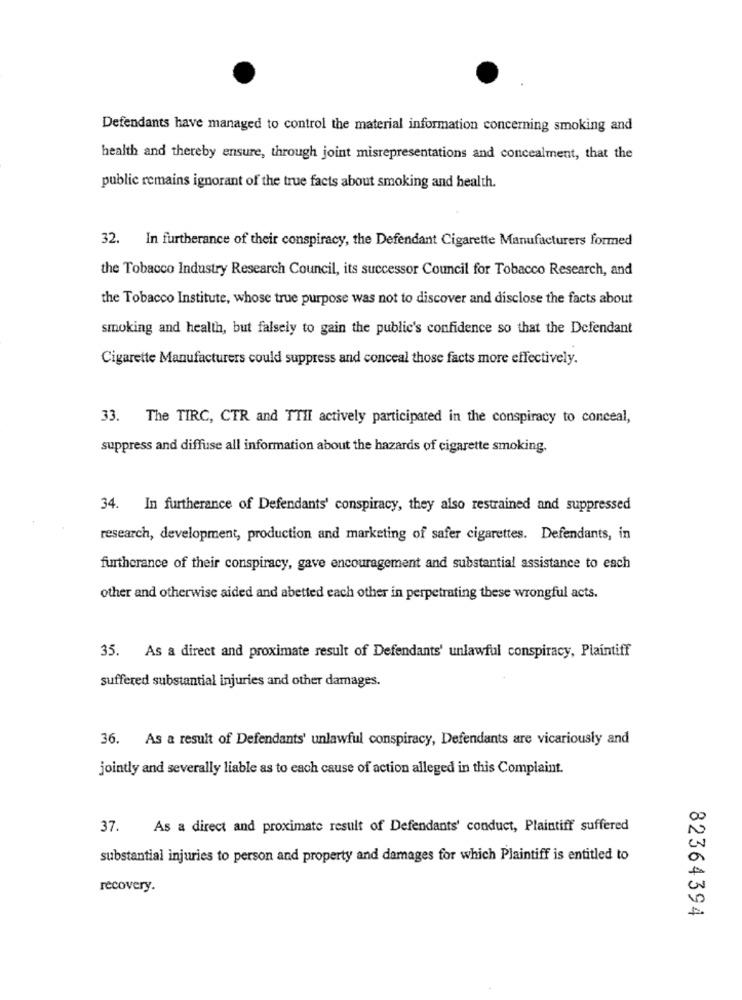
Defendants have managed to control the material information concerning smoking and
health and thereby ensure, through joint misrepresentations and concealment, that the
public remains ignorant of the true facts about smoking and health.
32. In furtherance of their conspiracy, the Defendant Cigarette Manufacturers formed
the Tobacco Industry Research Council, its successor Council for Tobacco Research, and
the Tobacco Institute, whose true purpose was not to discover and disclose the facts about
smoking and health, but falsely to gain the public's confidence so that the Defendant
Cigarette Manufacturers could suppress and conceal those facts more effectively.
33. The TIRC, CTR and TTII actively participated in the conspiracy to conceal,
suppress and diffuse all information about the hazards of cigarette smoking.
34. In furtherance of Defendants' conspiracy, they also restrained and suppressed
research, development, production and marketing of safer cigarettes. Defendants, in
furtherance of their conspiracy, gave encouragement and substantial assistance to each
other and otherwise aided and abetted each other in perpetrating these wrongful acts.
35. As a direct and proximate result of Defendants' unlawful conspiracy, Plaintiff
suffered substantial injuries and other damages.
36. As a result of Defendants' unlawful conspiracy, Defendants are vicariously and
jointly and severally liable as to each cause of action alleged in this Complaint.
37.
As a direct and proximate result of Defendants' conduct, Plaintiff suffered
substantial injuries to person and property and damages for which Plaintiff is entitled to
recovery.
82364394